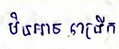
មិនអាចពង្រីក